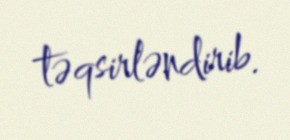
təqsirləndirib.